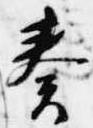
奏